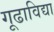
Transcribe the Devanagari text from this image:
गूढाविद्या